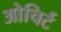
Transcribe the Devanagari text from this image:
ओचिर्ट